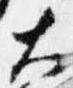
大